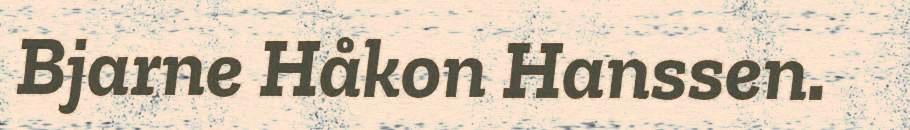
Bjarne Håkon Hanssen.